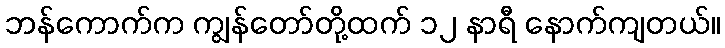
ဘန်ကောက်က ကျွန်တော်တို့ထက် ၁၂ နာရီ နောက်ကျတယ်။